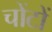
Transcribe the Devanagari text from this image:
चोंटों